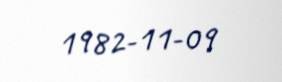
1982-11-09